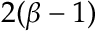
2 ( \beta - 1 )